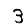
Digit: 3